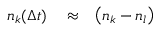
\begin{array} { r l r } { n _ { k } ( \Delta t ) } & { { } \approx } & { \left( n _ { k } - n _ { l } \right) } \end{array}